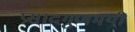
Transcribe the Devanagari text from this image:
प्रसादगुणमयी